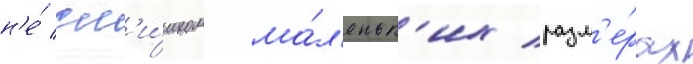
н'е́ сл'и́шком ма́л'еньк'их разм'е́рах